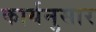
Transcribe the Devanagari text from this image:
कार्यनुसार